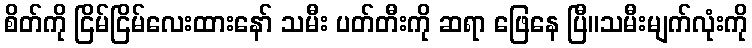
စိတ်ကို ငြိမ်ငြိမ်လေးထားနော် သမီး ပတ်တီးကို ဆရာ ဖြေနေ ပြီ။သမီးမျက်လုံးကို